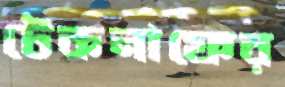
টেকনাফের